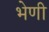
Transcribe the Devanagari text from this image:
भेणी